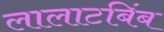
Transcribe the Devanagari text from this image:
लालाटबिंब